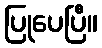
ပြုပေပြီ။